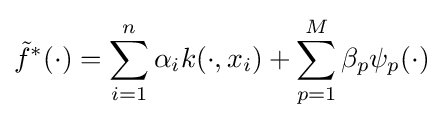
{\tilde {f}}^{*}(\cdot )=\sum _{i=1}^{n}\alpha _{i}k(\cdot ,x_{i})+\sum _{p=1}^{M}\beta _{p}\psi _{p}(\cdot )